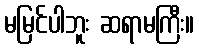
မမြင်ပါဘူး ဆရာမကြီး။